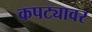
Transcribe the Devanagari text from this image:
कपट्यावर